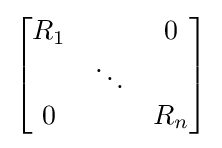
{\begin{bmatrix}R_{1}&&0\\&\ddots &\\0&&R_{n}\end{bmatrix}}